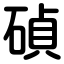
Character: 碵